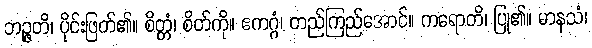
ဘဉ္ဇတိ၊ ပိုင်းဖြတ်၏။ စိတ္တံ၊ စိတ်ကို။ ဧကဂ္ဂံ၊ တည်ကြည်အောင်။ ကရောတိ၊ ပြု၏။ မာနသံ၊